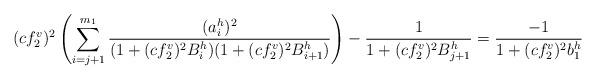
LaTeX: \begin{align*}(cf_2^v)^2\left(\sum_{i=j+1}^{m_1}\frac{(a_i^h)^2}{(1+(cf_2^v)^2B_i^h)(1+(cf_2^v)^2B_{i+1}^h)}\right)-\frac{1}{1+(cf_2^v)^2B_{j+1}^h}=\frac{-1}{1+(cf_2^v)^2b_1^h}\end{align*}